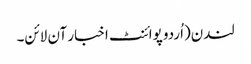
لندن(اُردو پوائنٹ اخبار آن لائن۔